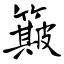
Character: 簸